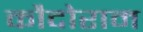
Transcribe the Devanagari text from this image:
कौदोराम